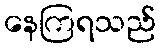
နေကြရသည်